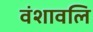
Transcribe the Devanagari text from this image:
वंशावलि